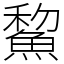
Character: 鯬